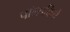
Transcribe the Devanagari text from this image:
पॉल्सकिर्चे